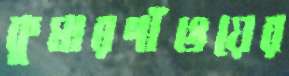
কুমারগাঁওয়ের